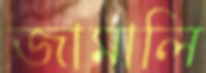
জামালি